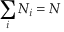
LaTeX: \sum _ { i } N _ { i } = N